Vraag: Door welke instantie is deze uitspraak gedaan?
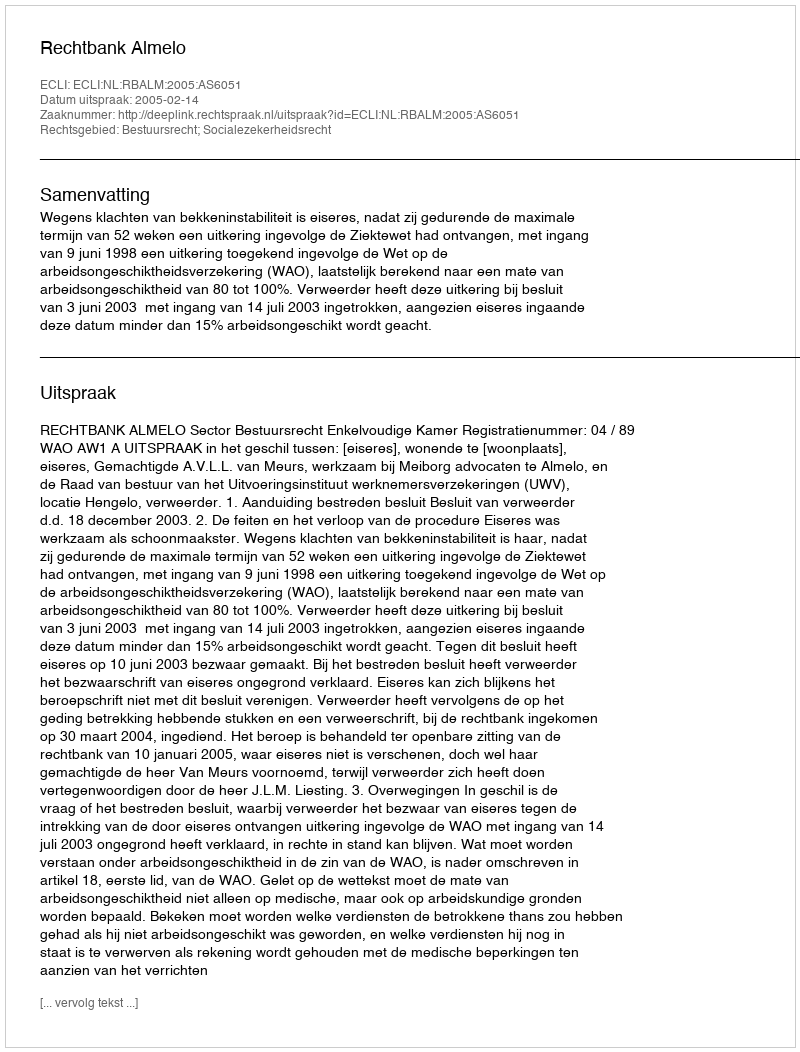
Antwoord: Rechtbank Almelo